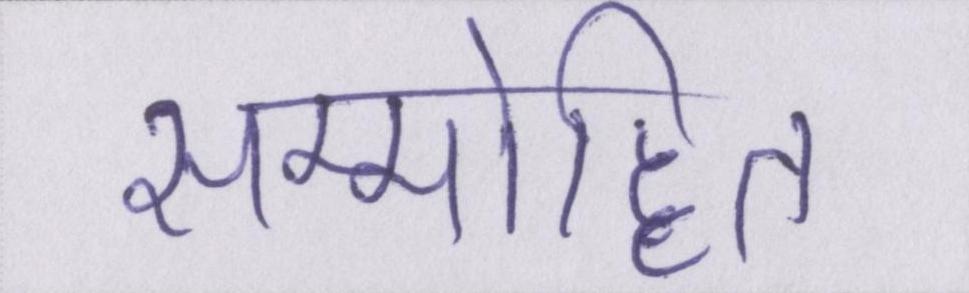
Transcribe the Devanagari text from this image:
सम्मोहित